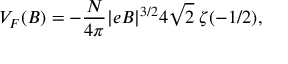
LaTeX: V _ { F } ( B ) = - \frac { N } { 4 \pi } | e B | ^ { 3 / 2 } 4 \sqrt { 2 } \; \zeta ( - 1 / 2 ) ,